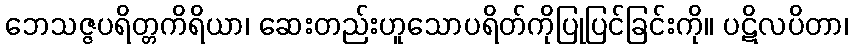
ဘေသဇ္ဇပရိတ္တကိရိယာ၊ ဆေးတည်းဟူသောပရိတ်ကိုပြုပြင်ခြင်းကို။ ပဋိလပိတာ၊